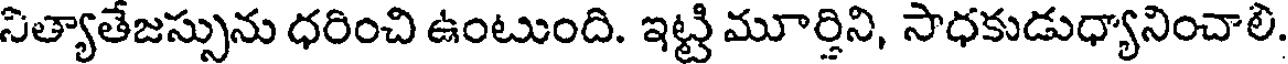
నిత్యాతేజస్సును ధరించి ఉంటుంది. ఇట్టి మూర్తిని, సాధకుడుధ్యానించాలి